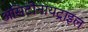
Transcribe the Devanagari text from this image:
ॲसिटोनायट्राइल